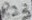
Text: R23